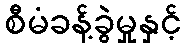
စီမံခန့်ခွဲမှုနှင့်